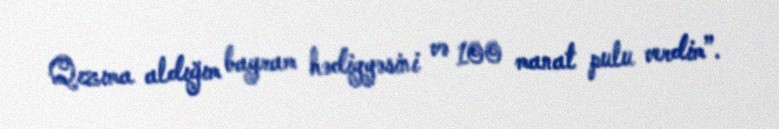
Qızıma aldığım bayram hədiyyəsini və 100 manat pulu verdim”.